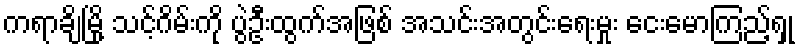
ကရာချိမြို့ သင့်ဂိမ်းကို ပွဲဦးထွက်အဖြစ် အသင်းအတွင်းရေးမှုး ငေးမောကြည့်ရှု